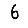
Digit: 6